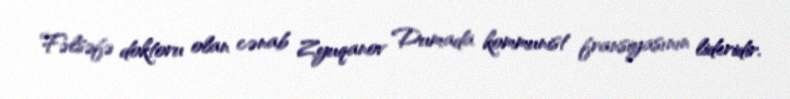
Fəlsəfə doktoru olan cənab Zyuqanov Dumada kommunist fransiyasının lideridir.